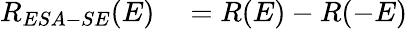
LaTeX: \begin{array}{rl}{R_{ESA-SE}(E)}&{{}=R(E)-R(-E)}\end{array}